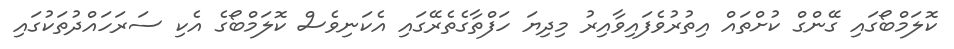
ކޮލަމްބޯގައި ގޭންގް ކުށްތައް އިތުރުވެފައިވާއިރު މިދިޔަ ހަފްތާގެތެރޭގައި އެކަނިވެސް ކޮލަމްބޯގެ އެކި ސަރަހައްދުތަކުގައި